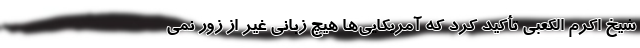
شیخ اکرم الکعبی تأکید کرد که آمریکایی‌ها هیچ زبانی غیر از زور نمی